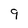
Character: 9